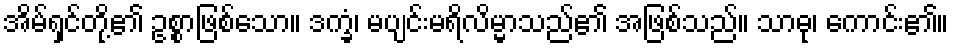
အိမ်ရှင်တို့၏ ဥစ္စာဖြစ်သော။ ဒက္ခံ၊ မပျင်းမရိလိမ္မာသည်၏ အဖြစ်သည်။ သာဓု၊ ကောင်း၏။